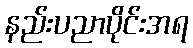
နည်းပညာပိုင်းအရ